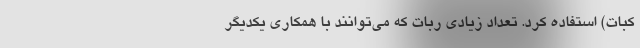
کبات) استفاده کرد. تعداد زیادی ربات که می‌توانند با همکاری یکدیگر